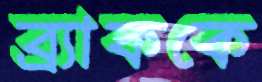
ব্র্যাককে